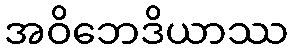
အဝိဘေဒိယာဿ